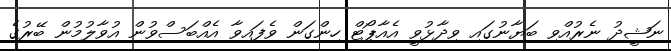
ނަޝީދު ނެރުއްވި ބަޔާނުގައި ވިދާޅުވީ އެއާޕޯޓް ހިންގަން ވެފައިވާ އެއްބަސްވުން އުވާލުމުން ބޭރުގެ